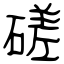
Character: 磋